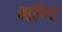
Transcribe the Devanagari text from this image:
गॉण्ट